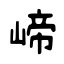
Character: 崹